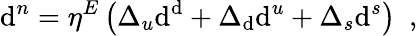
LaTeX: \mathrm{d}^{n}=\eta^{E}\left(\Delta_{u}\mathrm{d}^{\mathrm{d}}+\Delta_{\mathrm{d}}\mathrm{d}^{u}+\Delta_{s}\mathrm{d}^{s}\right)\enspace,